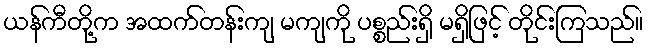
ယန်ကီတို့က အထက်တန်းကျ မကျကို ပစ္စည်းရှိ မရှိဖြင့် တိုင်းကြသည်။